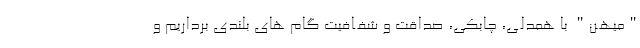
"میهـن" با همدلـی، چابکی، صداقت و شفـافیت گام های بلندی برداریم و